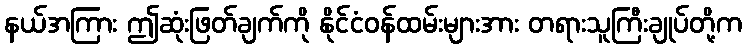
နယ်အကြား ဤဆုံးဖြတ်ချက်ကို နိုင်ငံဝန်ထမ်းများအား တရားသူကြီးချုပ်တို့က